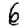
Digit: 6